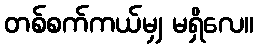
တစ်စက်ကယ်မျှ မရှိလေ။